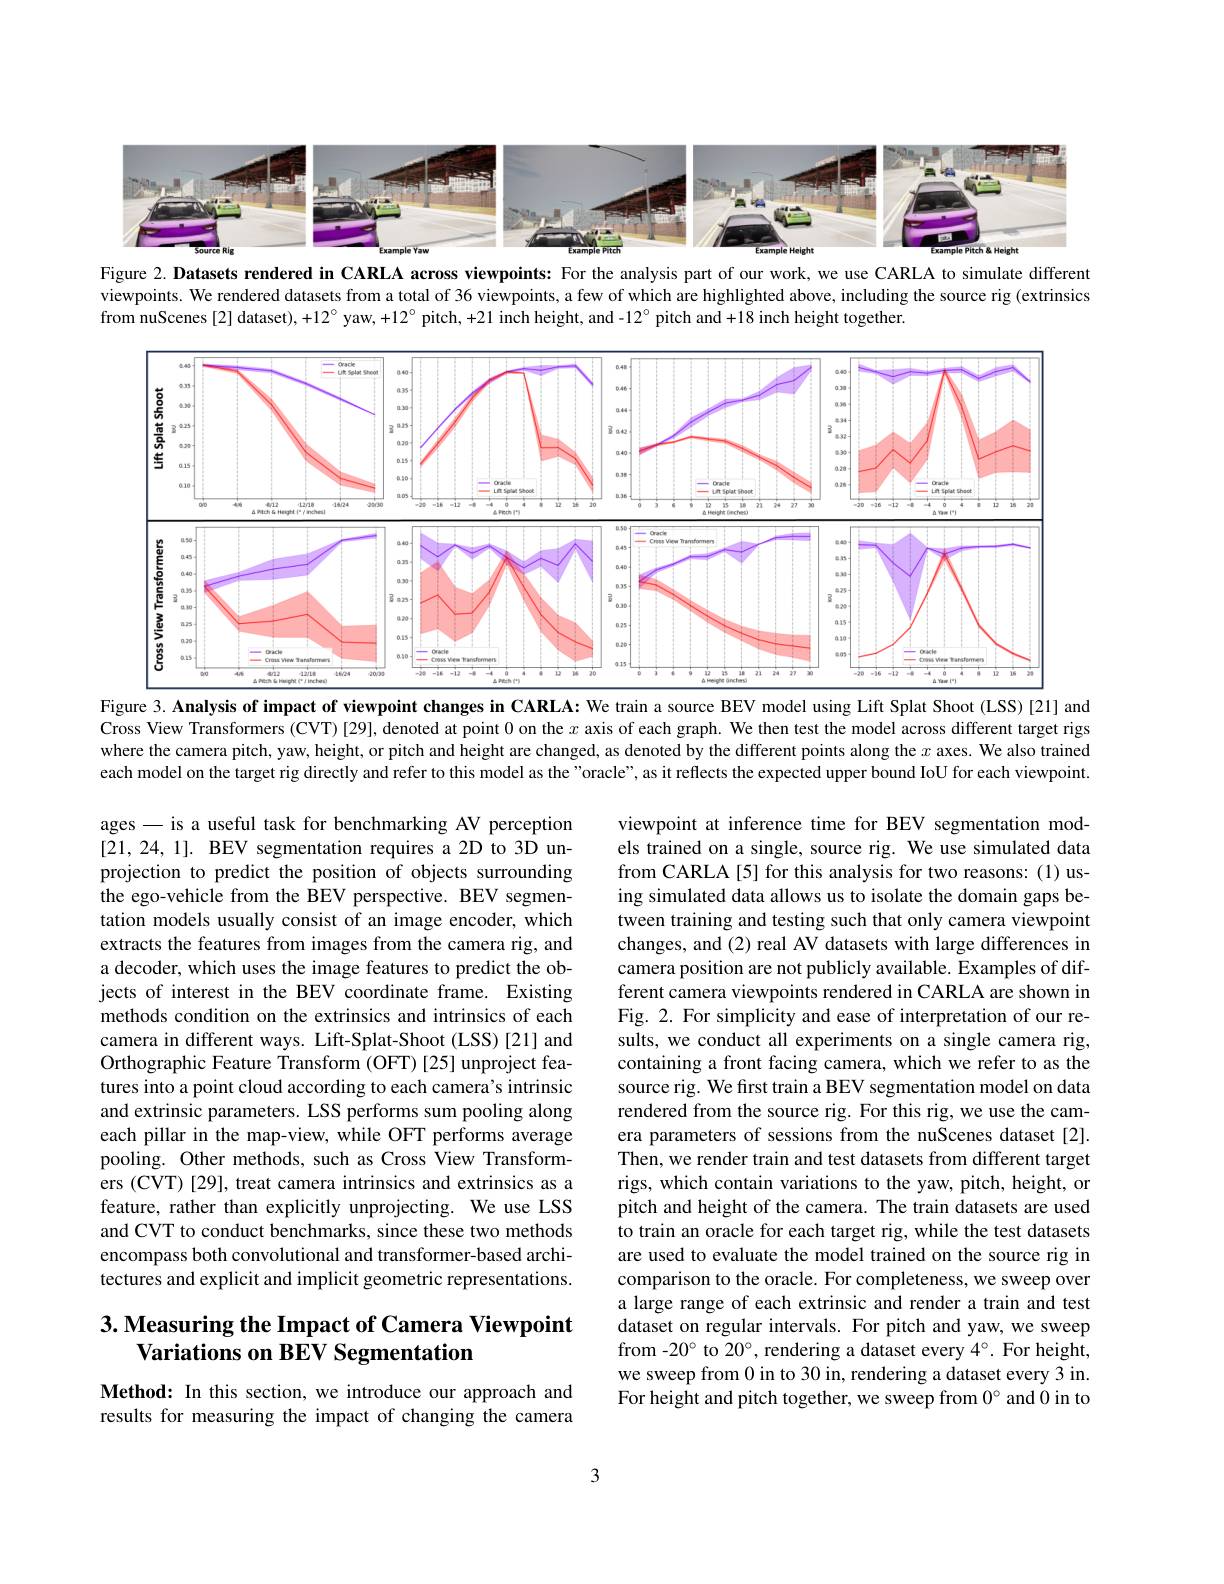
<FigureHere>
Figure 2. Datasets rendered in CARLA across viewpoints: For the analysis part of our work, we use CARLA to simulate different

viewpoints. We rendered datasets from a total of 36 viewpoints, a few of which are highlighted above, including the source rig (extrinsics
from nuScenes [2] dataset), +12° yaw, +12° pitch, +21 inch height, and -12° pitch and +18 inch height together

<FigureHere>
Figure 3. Analysis of impact of viewpoint changes in CARLA: We train a source BEV model using Lift Splat Shoot (LSS)[21] and

Cross View Transformers (CVT) [29], denoted at point 0 on the $x$ axis of each graph. We then test the model across different target rigs where the camera pitch, yaw, height, or pitch and height are changed, as denoted by the different points along the $x$ axes. We also trained each model on the target rig directly and refer to this model as the "oracle", as it reflects the expected upper bound IoU for each viewpoint.

ages-is a useful task for benchmarking AV perception [21,24,1]. BEV segmentation requires a 2D to 3D unprojection to predict the position of objects surrounding the ego-vehicle from the BEV perspective. BEV segmentation models usually consist of an image encoder, which extracts the features from images from the camera rig, and a decoder, which uses the image features to predict the objects of interest in the BEV coordinate frame. Existing methods condition on the extrinsics and intrinsics of each camera in different ways. Lift-Splat-Shoot (LSS)[21] and Orthographic Feature Transform (OFT)[25] unproject features into a point cloud according to each camera's intrinsic and extrinsic parameters. LSS performs sum pooling along each pillar in the map-view, while OFT performs average pooling. Other methods, such as Cross $\hat{\text{View Transform-}}$ ers (CVT) [29], treat camera intrinsics and extrinsics as a feature, rather than explicitly unprojecting. We use LSS and CVT to conduct benchmarks, since these two methods encompass both convolutional and transformer-based architectures and explicit and implicit geometric representations.

viewpoint at inference time for BEV segmentation models trained on a single, source rig. We use simulated data from CARLA[5] for this analysis for two reasons: (1) using simulated data allows us to isolate the domain gaps between training and testing such that only camera viewpoint changes, and (2) real AV datasets with large differences in camera position are not publicly available. Examples of different camera viewpoints rendered in CARLA are shown in Fig. 2. For simplicity and ease of interpretation of our results, we conduct all experiments on a single camera rig, containing a front facing camera, which we refer to as the source rig. We first train a BEV segmentation model on data rendered from the source rig. For this rig, we use the camera parameters of sessions from the nuScenes dataset[2]. Then, we render train and test datasets from different target rigs, which contain variations to the yaw, pitch, height, or pitch and height of the camera. The train datasets are used to train an oracle for each target rig, while the test datasets are used to evaluate the model trained on the source rig in comparison to the oracle. For completeness, we sweep over a large range of each extrinsic and render a train and test dataset on regular intervals. For pitch and yaw, we sweep from -20° to 20°, rendering a dataset every $4^\circ.$ For height, we sweep from 0 in to 30 in, rendering a dataset every 3 in. For height and pitch together, we sweep from $0^{\circ}$ and 0 in to

## $3. \textbf{Measuring the Impact of Camera Viewpoint}$ Variations on BEV Segmentation

Method: In this section, we introduce our approach and results for measuring the impact of changing the camera

3